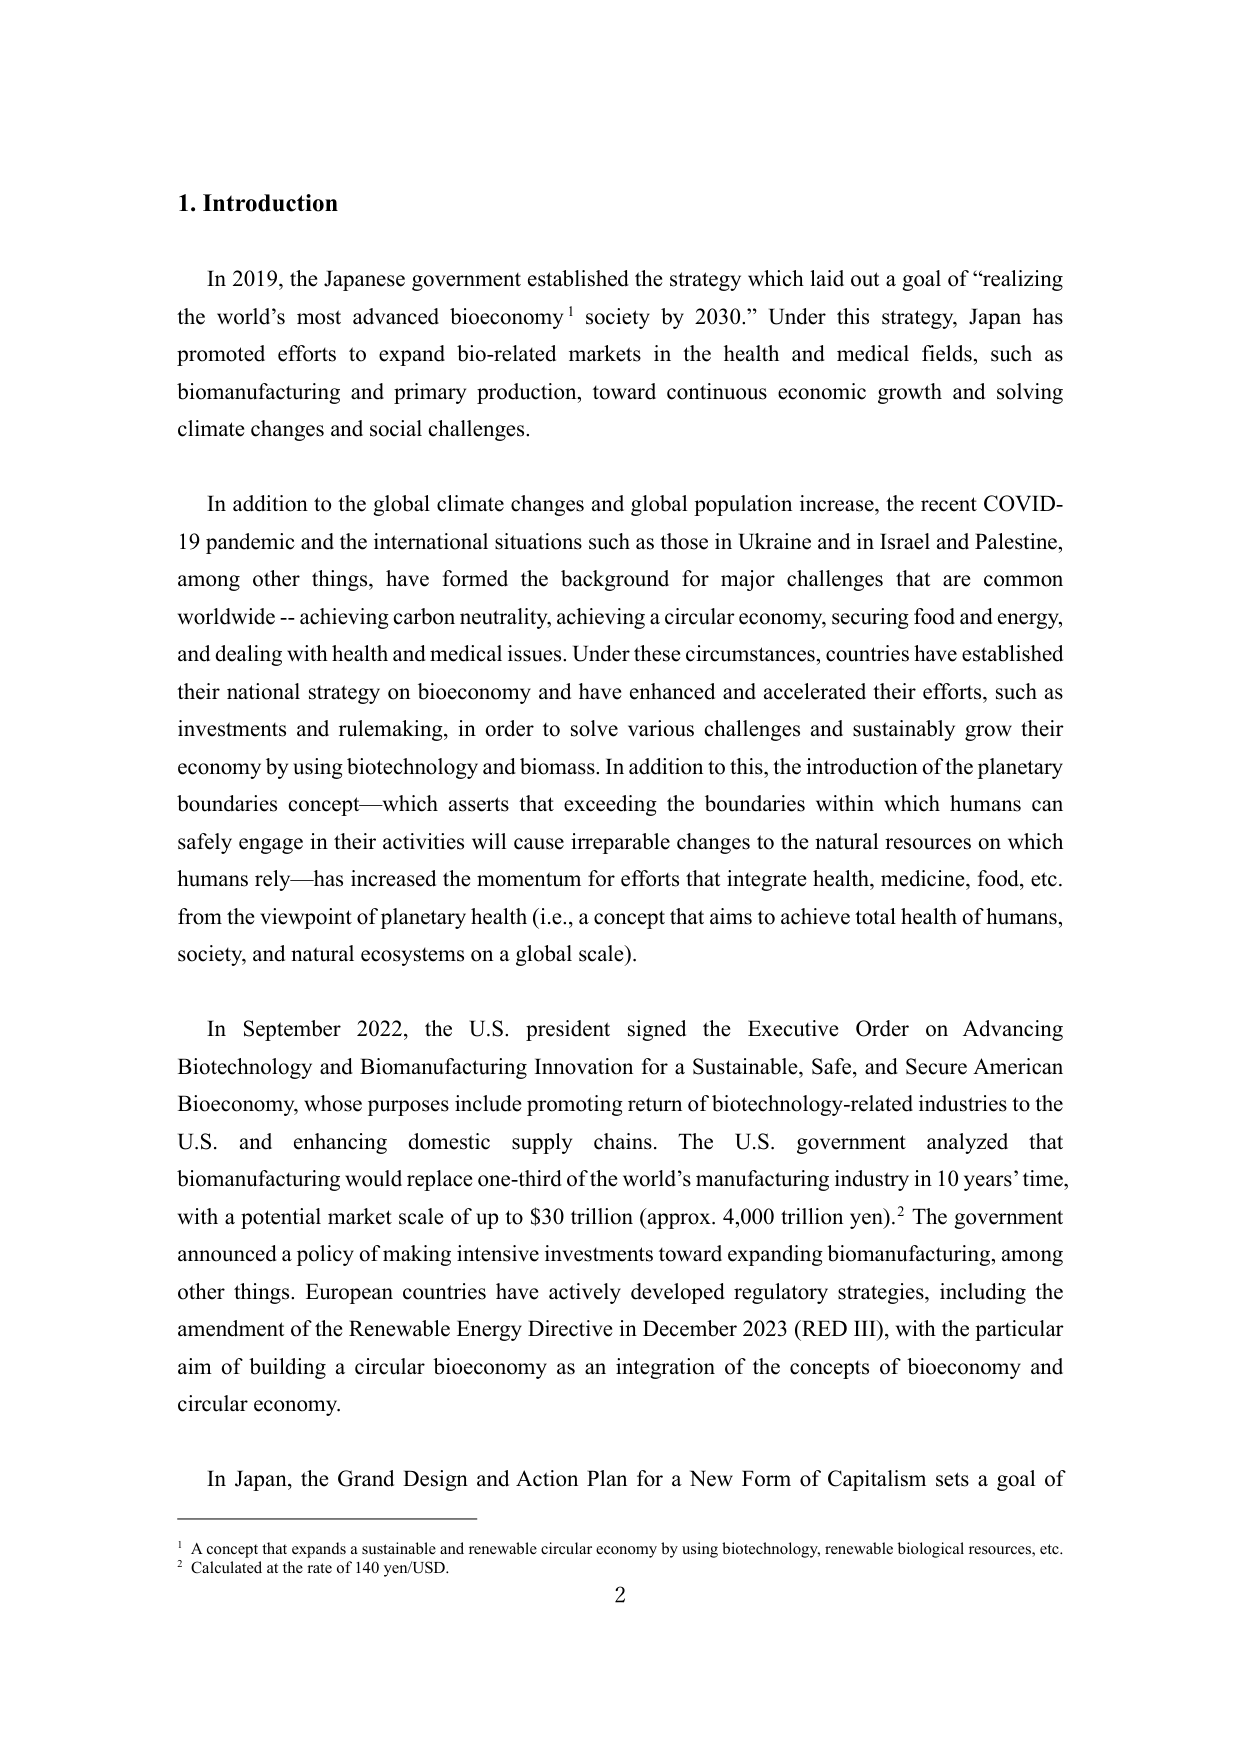
1. Introduction

In 2019, the Japanese government established the strategy which laid out a goal of “realizing the world’s most advanced bioeconomy¹ society by 2030.” Under this strategy, Japan has promoted efforts to expand bio-related markets in the health and medical fields, such as biomanufacturing and primary production, toward continuous economic growth and solving climate changes and social challenges.

In addition to the global climate changes and global population increase, the recent COVID-19 pandemic and the international situations such as those in Ukraine and in Israel and Palestine, among other things, have formed the background for major challenges that are common worldwide -- achieving carbon neutrality, achieving a circular economy, securing food and energy, and dealing with health and medical issues. Under these circumstances, countries have established their national strategy on bioeconomy and have enhanced and accelerated their efforts, such as investments and rulemaking, in order to solve various challenges and sustainably grow their economy by using biotechnology and biomass. In addition to this, the introduction of the planetary boundaries concept—which asserts that exceeding the boundaries within which humans can safely engage in their activities will cause irreparable changes to the natural resources on which humans rely—has increased the momentum for efforts that integrate health, medicine, food, etc. from the viewpoint of planetary health (i.e., a concept that aims to achieve total health of humans, society, and natural ecosystems on a global scale).

In September 2022, the U.S. president signed the Executive Order on Advancing Biotechnology and Biomanufacturing Innovation for a Sustainable, Safe, and Secure American Bioeconomy, whose purposes include promoting return of biotechnology-related industries to the U.S. and enhancing domestic supply chains. The U.S. government analyzed that biomanufacturing would replace one-third of the world’s manufacturing industry in 10 years’ time, with a potential market scale of up to $30 trillion (approx. 4,000 trillion yen).² The government announced a policy of making intensive investments toward expanding biomanufacturing, among other things. European countries have actively developed regulatory strategies, including the amendment of the Renewable Energy Directive in December 2023 (RED III), with the particular aim of building a circular bioeconomy as an integration of the concepts of bioeconomy and circular economy.

In Japan, the Grand Design and Action Plan for a New Form of Capitalism sets a goal of

¹ A concept that expands a sustainable and renewable circular economy by using biotechnology, renewable biological resources, etc.
² Calculated at the rate of 140 yen/USD.

2